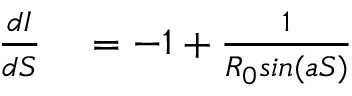
\begin{array} { r l } { \frac { d I } { d S } } & { { } = - 1 + \frac { 1 } { R _ { 0 } s i n ( a S ) } } \end{array}